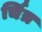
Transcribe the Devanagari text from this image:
र्चित्र